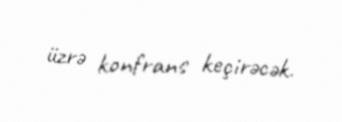
üzrə konfrans keçirəcək.